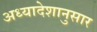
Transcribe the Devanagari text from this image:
अध्यादेशानुसार